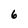
Character: 6